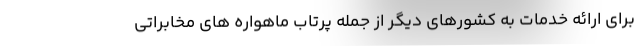
برای ارائه خدمات به کشورهای دیگر از جمله پرتاب ماهواره های مخابراتی